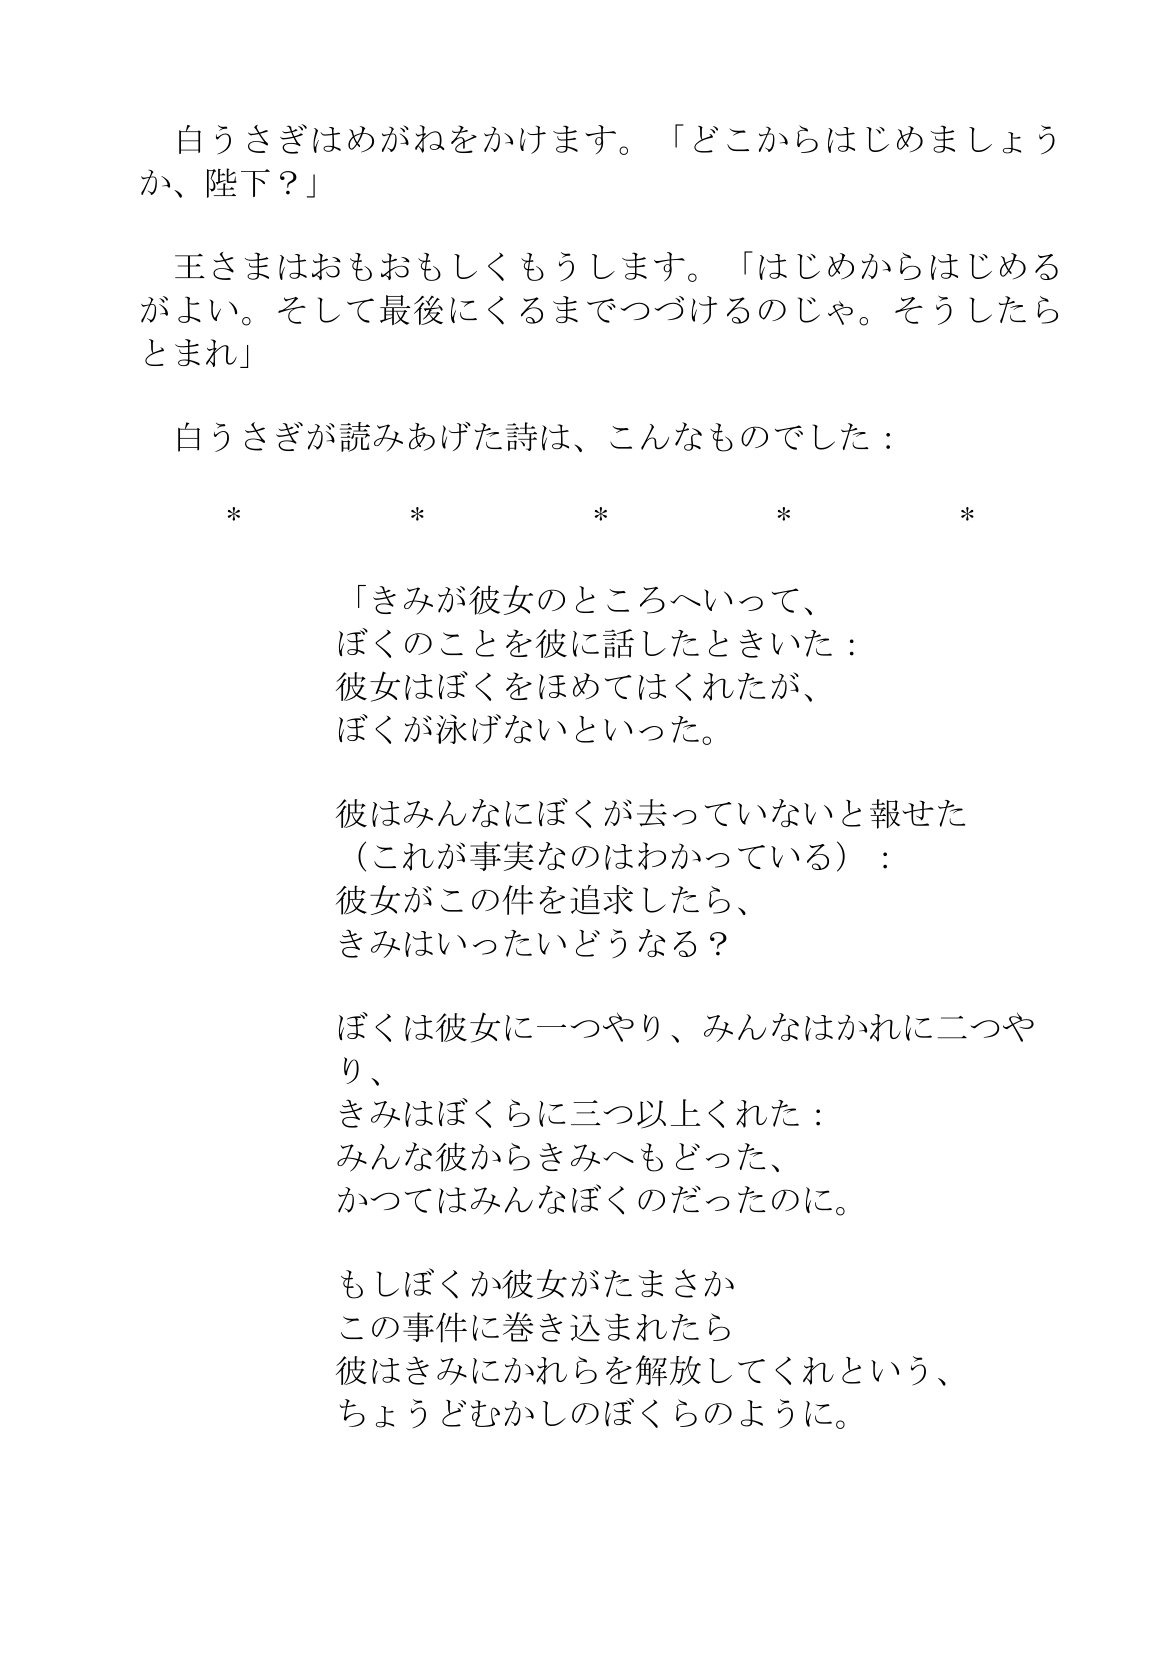
Language: ja